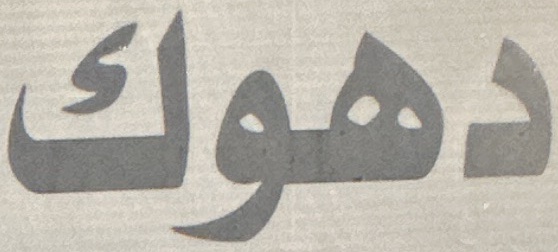
دهوك